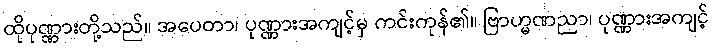
ထိုပုဏ္ဏားတို့သည်။ အပေတာ၊ ပုဏ္ဏားအကျင့်မှ ကင်းကုန်၏။ ဗြာဟ္မဏညာ၊ ပုဏ္ဏားအကျင့်